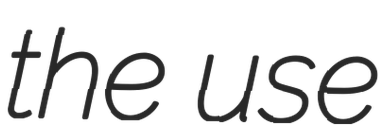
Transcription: the use